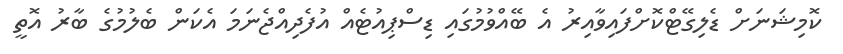
ކޮމިޝަނަށް ޑެލިގޭޓްކޮށްފައިވާއިރު އެ ބޭއްވުމުގައި ޑިސްޕިއުޓެއް އުފެދިއްޖެނަމަ އެކަން ބެލުމުގެ ބާރު އޮތީ